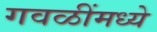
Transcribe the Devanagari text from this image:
गवळींमध्ये